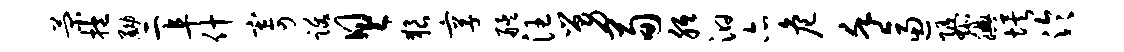
菊抱黝二阜什寄跋具狼享艋汪舅荀胝汩亦危堇逼隳腆埃泠